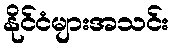
နိုင်ငံများအသင်း